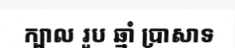
ក្បាល រូប ឆ្មាំ ប្រាសាទ